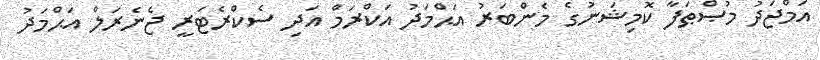
އަމްޖަދު މުޞްޠަފާ ކޮމިޝަނުގެ މެންބަރު އަޙްމަދު އަކްރަމް އަދި ސެކްރެޓަރީ ޖެނެރަލް އަޙްމަދު